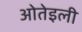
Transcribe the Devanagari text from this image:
ओतेइली